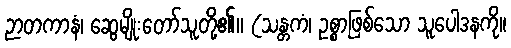
ဉာတကာနံ၊ ဆွေမျိုးတော်သူတို့၏။ (သန္တကံ၊ ဥစ္စာဖြစ်သော သူပေါဒနကို။